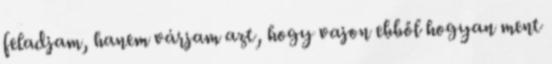
feladjam, hanem várjam azt, hogy vajon ebből hogyan ment